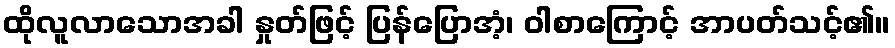
ထိုလူလာသောအခါ နှုတ်ဖြင့် ပြန်ပြောအံ့၊ ဝါစာကြောင့် အာပတ်သင့်၏။